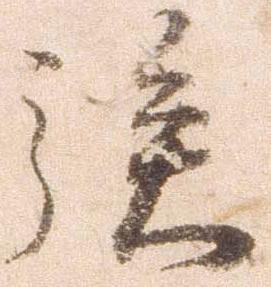
族